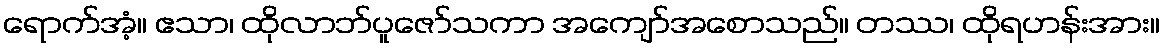
ရောက်အံ့။ ဧသာ၊ ထိုလာဘ်ပူဇော်သကာ အကျော်အစောသည်။ တဿ၊ ထိုရဟန်းအား။